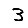
Digit: 3